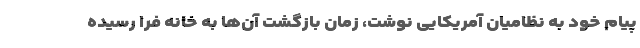
پیام خود به نظامیان آمریکایی نوشت، زمان بازگشت آن‌ها به خانه فرا رسیده